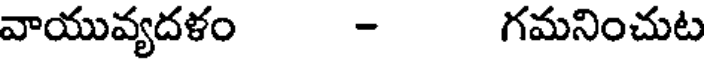
వాయువ్యదళం - గమనించుట